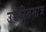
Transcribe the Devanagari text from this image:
उच्चरितमात्र